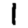
Digit: 1